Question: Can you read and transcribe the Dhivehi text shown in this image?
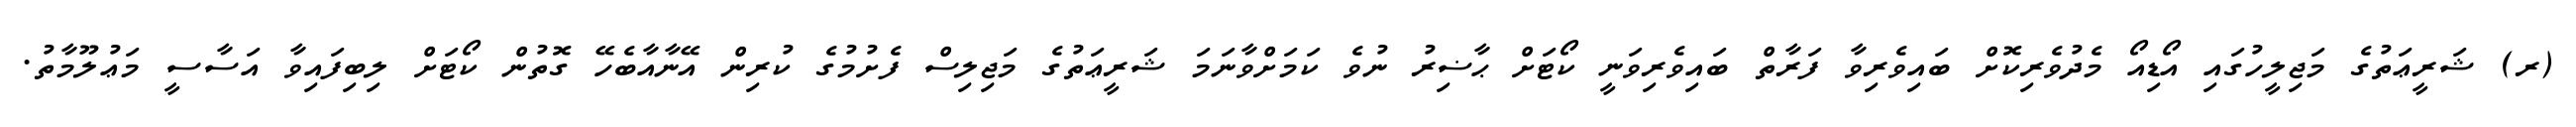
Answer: (ރ) ޝަރީޢަތުގެ މަޖިލީހުގައި އޯޑިއޯ މެދުވެރިކޮށް ބައިވެރިވާ ފަރާތް ބައިވެރިވަނީ ކޯޓަށް ޙާޟިރު ނުވެ ކަމަށްވާނަމަ ޝަރީޢަތުގެ މަޖިލިސް ފެށުމުގެ ކުރިން އޭނާއާބެހޭ ގޮތުން ކޯޓަށް ލިބިފައިވާ އަސާސީ މަޢުލޫމާތު.